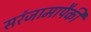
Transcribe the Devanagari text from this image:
सरंजामापैकी